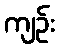
ကျဉ်း